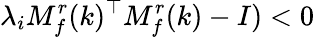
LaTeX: \lambda_{i}M_{f}^{r}(k)^{\top}M_{f}^{r}(k)-I)<0